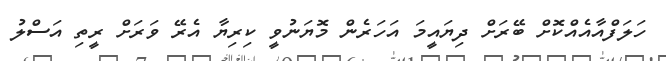
ހަލަފްއާއެއްކޮށް ބޭރަށް ދިޔައީމަ އަހަރެން މޮޔަނުވީ ކިރިޔާ އެރޭ ވަރަށް ރީތި އަސްލު